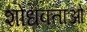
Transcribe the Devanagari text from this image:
शोधक्ताओं